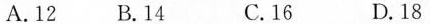
A.12B.14 C.16 D.18